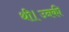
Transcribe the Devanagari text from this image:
थी।उनकीं